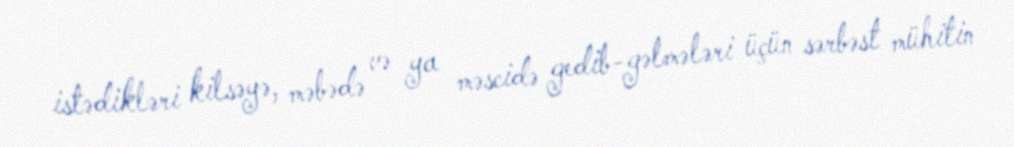
istədikləri kilsəyə, məbədə və ya məscidə gedib-gəlmələri üçün sərbəst mühitin